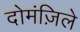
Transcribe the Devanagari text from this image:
दोमंज़िले